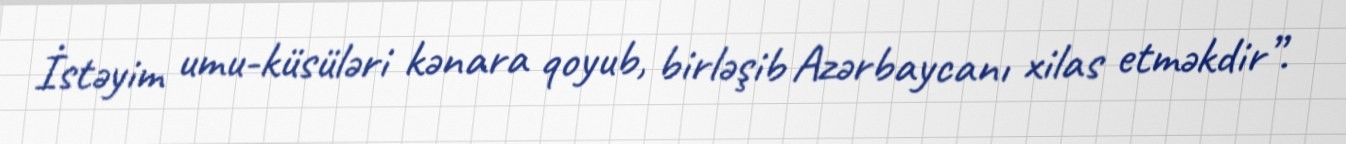
İstəyim umu-küsüləri kənara qoyub, birləşib Azərbaycanı xilas etməkdir”.